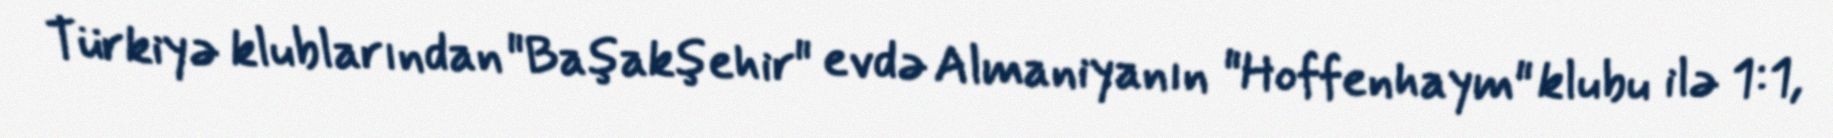
Türkiyə klublarından "Başakşehir" evdə Almaniyanın "Hoffenhaym" klubu ilə 1:1,